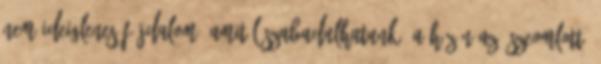
nem ideiglenes fájdalom, amitől szabadulhatunk, a hüzün az öszeomlott,